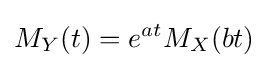
M_{Y}(t)=e^{at}M_{X}(bt)